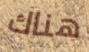
هناك